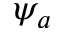
\psi _ { a }